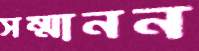
সম্মানন